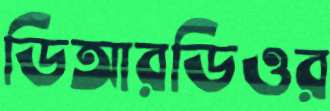
ডিআরডিওর